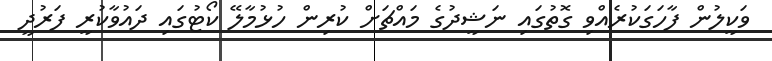
ވަކީލުން ފާހަގަކުރެއްވި ގޮތުގައި ނަޝީދުގެ މައްޗަށް ކުރިން ހުޅުމާލޭ ކޯޓުގައި ދައުވާކުރީ ފަރުދީ